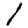
Digit: 1